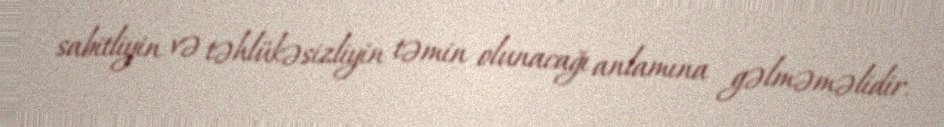
sabitliyin və təhlükəsizliyin təmin olunacağı anlamına gəlməməlidir.